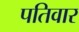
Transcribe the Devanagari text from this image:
पतिवार